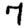
Digit: 7